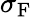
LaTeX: \sigma_{\mathrm{F}}